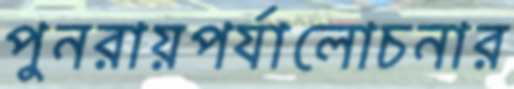
পুনরায়পর্যালোচনার